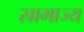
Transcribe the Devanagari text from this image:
स्रामाज्य